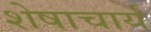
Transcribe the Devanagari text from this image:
शेषाचार्य